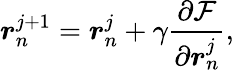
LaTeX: \boldsymbol{r}_{n}^{j+1}=\boldsymbol{r}_{n}^{j}+\gamma\frac{\partial\mathcal{F}}{\partial\boldsymbol{r}_{n}^{j}},